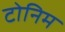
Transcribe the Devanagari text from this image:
टोनिम